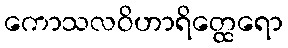
ကောသလဝိဟာရိတ္ထေရော